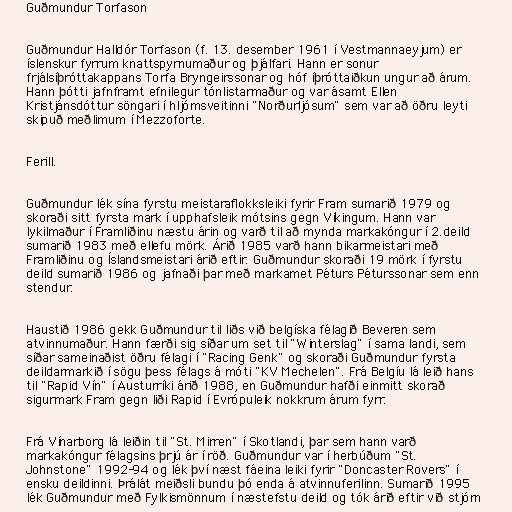
Guðmundur Torfason

Guðmundur Halldór Torfason (f. 13. desember 1961 í Vestmannaeyjum) er
íslenskur fyrrum knattspyrnumaður og þjálfari. Hann er sonur
frjálsíþróttakappans Torfa Bryngeirssonar og hóf íþróttaiðkun ungur að árum.
Hann þótti jafnframt efnilegur tónlistarmaður og var ásamt Ellen
Kristjánsdóttur söngari í hljómsveitinni "Norðurljósum" sem var að öðru leyti
skipuð meðlimum í Mezzoforte.

Ferill.

Guðmundur lék sína fyrstu meistaraflokksleiki fyrir Fram sumarið 1979 og
skoraði sitt fyrsta mark í upphafsleik mótsins gegn Víkingum. Hann var
lykilmaður í Framliðinu næstu árin og varð til að mynda markakóngur í 2.deild
sumarið 1983 með ellefu mörk. Árið 1985 varð hann bikarmeistari með
Framliðinu og Íslandsmeistari árið eftir. Guðmundur skoraði 19 mörk í fyrstu
deild sumarið 1986 og jafnaði þar með markamet Péturs Péturssonar sem enn
stendur.

Haustið 1986 gekk Guðmundur til liðs við belgíska félagið Beveren sem
atvinnumaður. Hann færði sig síðar um set til "Winterslag" í sama landi, sem
síðar sameinaðist öðru félagi í "Racing Genk" og skoraði Guðmundur fyrsta
deildarmarkið í sögu þess félags á móti "KV Mechelen". Frá Belgíu lá leið hans
til "Rapid Vín" í Austurríki árið 1988, en Guðmundur hafði einmitt skorað
sigurmark Fram gegn liði Rapid í Evrópuleik nokkrum árum fyrr.

Frá Vínarborg lá leiðin til "St. Mirren" í Skotlandi, þar sem hann varð
markakóngur félagsins þrjú ár í röð. Guðmundur var í herbúðum "St.
Johnstone" 1992-94 og lék því næst fáeina leiki fyrir "Doncaster Rovers" í
ensku deildinni. Þrálát meiðsli bundu þó enda á atvinnuferilinn. Sumarið 1995
lék Guðmundur með Fylkismönnum í næstefstu deild og tók árið eftir við stjórn